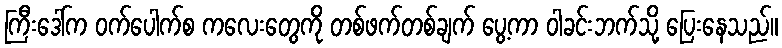
ကြီးဒေါ်က ဝက်ပေါက်စ ကလေးတွေကို တစ်ဖက်တစ်ချက် ပွေ့ကာ ဝါခင်းဘက်သို့ ပြေးနေသည်။